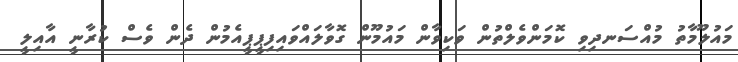
މައުލޫމާތު މުއްސަނދިވި ކޮމަންވެލްތުން ވަކިވާން މައުމޫން ގޮވާލައްވައިފިޕީޕީއެމުން ދެން ވެސް ކުރާނީ އާއިލީ